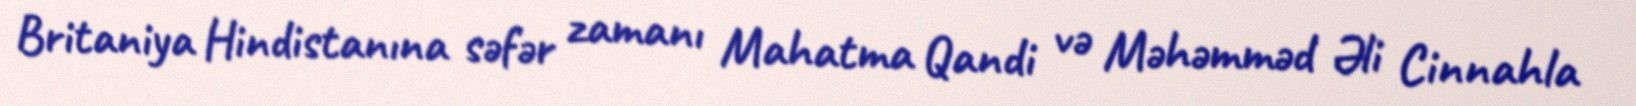
Britaniya Hindistanına səfər zamanı Mahatma Qandi və Məhəmməd Əli Cinnahla